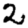
Digit: 2